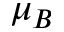
\mu _ { B }